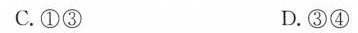
C.①③D.⑥④